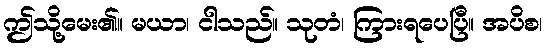
ဤသို့မေး၏။ မယာ၊ ငါသည်။ သုတံ၊ ကြားရပေပြီ။ အပိစ၊